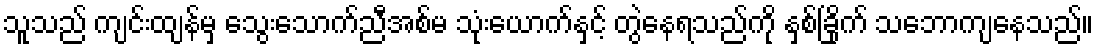
သူသည် ကျင်းထျန်မှ သွေးသောက်ညီအစ်မ သုံးယောက်နှင့် တွဲနေရသည်ကို နှစ်ခြိုက် သဘောကျနေသည်။